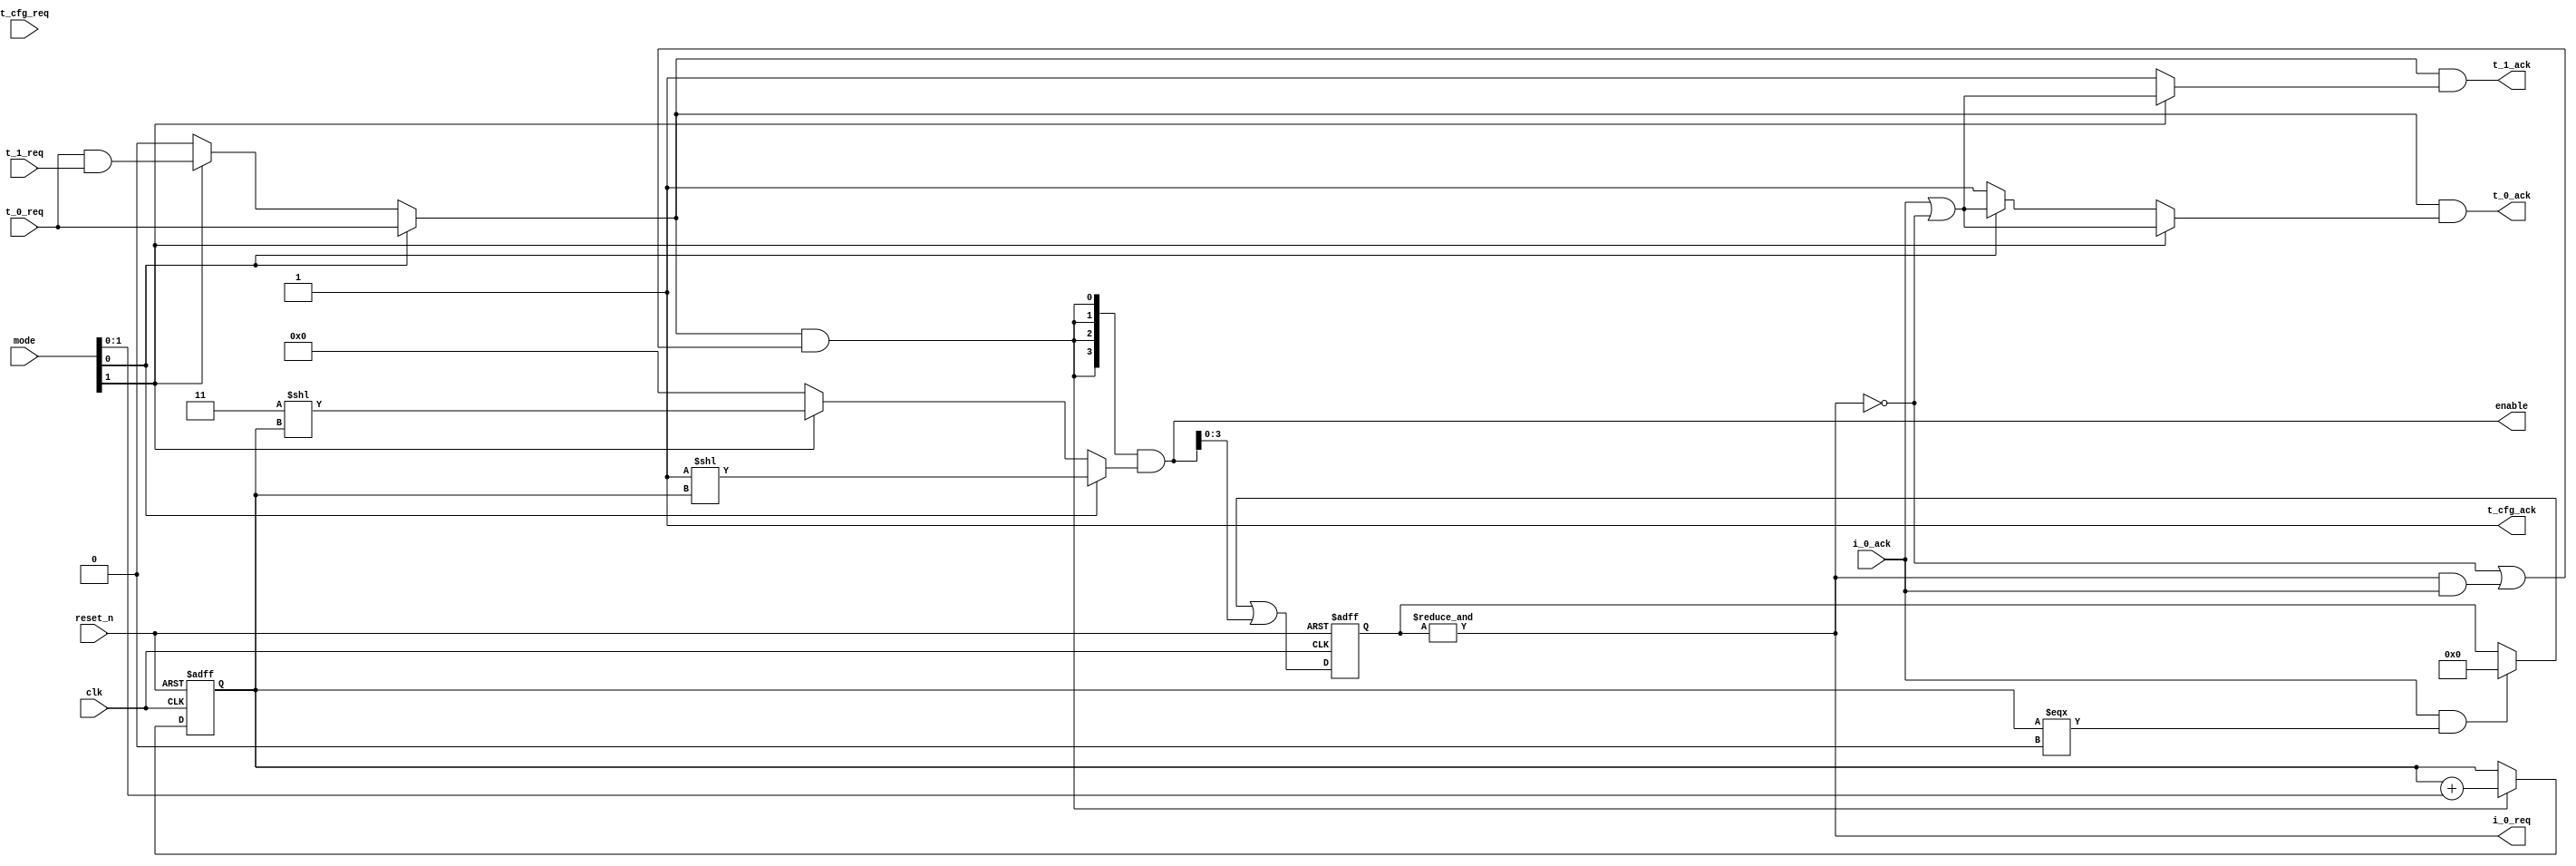


module defunnel_ctrl_3_1 (


    input        t_0_req,
    output       t_0_ack,

    input        t_1_req,
    output       t_1_ack,

    input        t_cfg_req,
    output       t_cfg_ack,

    output       i_0_req,
    input        i_0_ack,

    output       [7:0] enable,
    input        [7:0] mode,
    input clk, reset_n
);

wire [1:0] reduct; assign reduct = mode[1:0];

wire t_req; assign t_req = (
    reduct[0] ? (t_0_req) :
    reduct[1] ? (t_0_req & t_1_req) :
    1'b0
);

reg [3:0] valid;
wire [3:0] valid_nxt; // data valid bit

wire t_ack; assign t_ack = i_0_ack | (~&valid);

wire progress; assign progress = t_req & ((~&valid) | (&valid & i_0_ack));

reg [1:0] state;
wire [1:0] state_nxt; assign state_nxt = state + reduct;

assign valid_nxt = ((i_0_ack & (state === 'b0)) ? 4'b0 : valid) | enable[3:0];

always @(posedge clk or negedge reset_n)
    if (~reset_n)      state <= 2'b0;
    else if (progress) state <= state_nxt;

always @(posedge clk or negedge reset_n)
    if (~reset_n) valid <= 4'b0;
    else          valid <= valid_nxt;


assign enable = {4{progress}} & (
    reduct[0] ? (1'b1 << state):
    reduct[1] ? (2'b11 << state):
    1'b0
);


assign t_0_ack = t_req & (
    reduct[1] ? t_ack :
    reduct[0] ? t_ack :
    1'b1
);

assign t_1_ack = t_req & (
    reduct[1] ? t_ack :
    1'b1
);


assign t_cfg_ack = 1'b1;

assign i_0_req = &valid;

endmodule